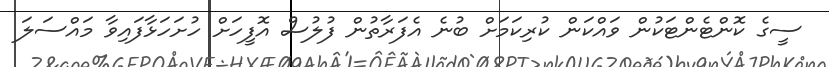
ސީގެ ކޮންޓެންޓަކުން ވައްކަން ކުރިކަމަށް ބުނެ އެފަރާތުން ފުލުސް އޮފީހަށް ހުށަހަޅާފައިވާ މައްސަލަ